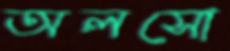
অলসো